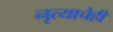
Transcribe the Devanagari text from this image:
नृत्याचेही